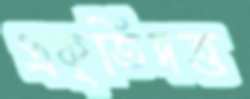
প্রকৃতিদত্ত